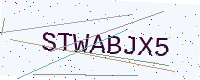
Text: STWABJX5